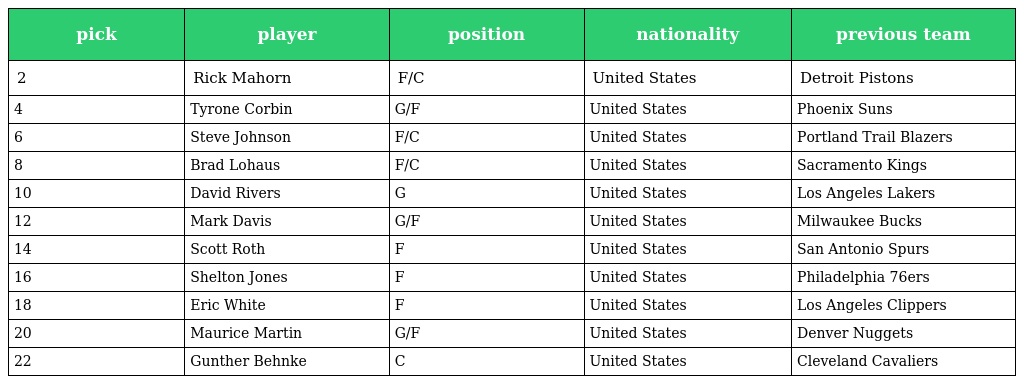
| pick | player | position | nationality | previous team |
 | --- | --- | --- | --- | --- |
 | 2 | Rick Mahorn | F/C | United States | Detroit Pistons |
 | 4 | Tyrone Corbin | G/F | United States | Phoenix Suns |
 | 6 | Steve Johnson | F/C | United States | Portland Trail Blazers |
 | 8 | Brad Lohaus | F/C | United States | Sacramento Kings |
 | 10 | David Rivers | G | United States | Los Angeles Lakers |
 | 12 | Mark Davis | G/F | United States | Milwaukee Bucks |
 | 14 | Scott Roth | F | United States | San Antonio Spurs |
 | 16 | Shelton Jones | F | United States | Philadelphia 76ers |
 | 18 | Eric White | F | United States | Los Angeles Clippers |
 | 20 | Maurice Martin | G/F | United States | Denver Nuggets |
 | 22 | Gunther Behnke | C | United States | Cleveland Cavaliers |